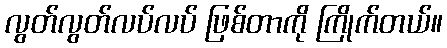
လွတ်လွတ်လပ်လပ် ဖြစ်တာကို ကြိုက်တယ်။